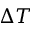
\Delta T